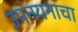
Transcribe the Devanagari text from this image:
उपनयनाचा